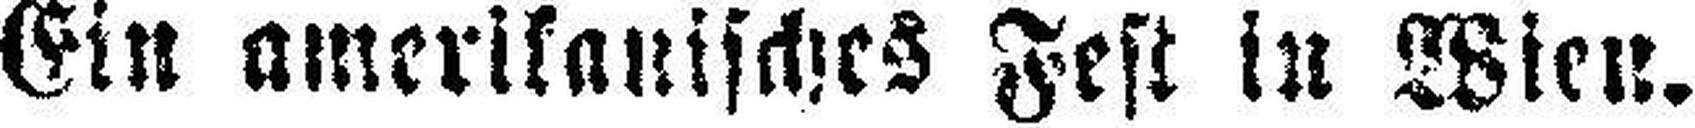
Ein amerikanisches Fest in Wien.